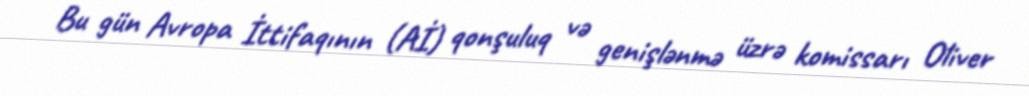
Bu gün Avropa İttifaqının (Aİ) qonşuluq və genişlənmə üzrə komissarı Oliver